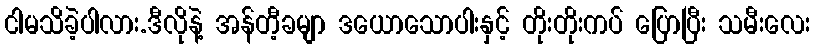
ငါမသိခဲ့ပါလား.ဒီလိုနဲ့ အန်တီ့ခမျာ ဒယောသောပါးနှင့် တိုးတိုးကပ် ပြောပြီး သမီးလေး